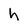
Character: h